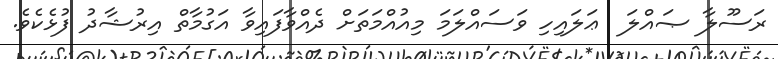
ރަސޫލާ ޞައްލަ  ޢަލައިހި ވަސައްލަމަ މިއުއްމަތަށް ދެއްވާފައިވާ އަގުމާތް އިރުޝާދު ފުޅެކެވެ.